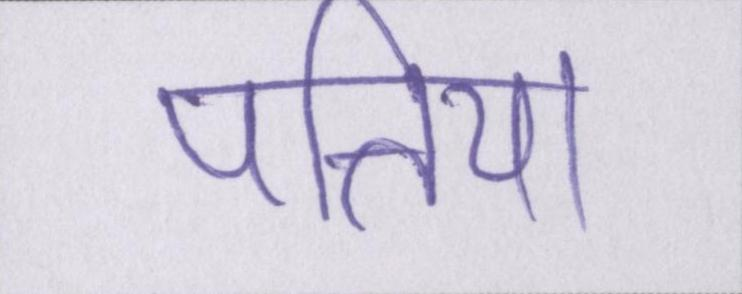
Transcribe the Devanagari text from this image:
पत्तिया